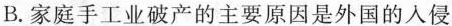
B.家庭手工业破产的主要原因是外国的入侵